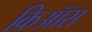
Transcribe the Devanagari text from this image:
क्रिऑस